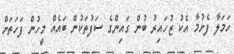
ހަމަލާ ފެށުމާ އެކު ޒުހައިރު ބުން ގައިންގެ ސަފުތަކުން ބައެއް މީހުން ފަހަތަށް